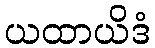
ယထာယိဒံ